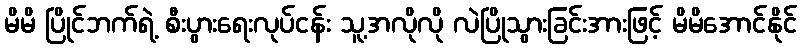
မိမိ ပြိုင်ဘက်ရဲ့ စီးပွားရေးလုပ်ငန်း သူ့အလိုလို လဲပြိုသွားခြင်းအားဖြင့် မိမိအောင်နိုင်